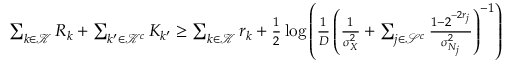
\begin{array} { r l } & { \sum _ { k \in \mathcal { K } } R _ { k } + \sum _ { { k ^ { \prime } } \in \mathcal { K } ^ { c } } K _ { k ^ { \prime } } \ge \sum _ { k \in \mathcal { K } } r _ { k } + \frac { 1 } { 2 } \log \left( \frac { 1 } { D } \left( \frac { 1 } { \sigma _ { X } ^ { 2 } } + \sum _ { j \in \mathcal { S } ^ { c } } \frac { 1 - 2 ^ { - 2 r _ { j } } } { \sigma _ { N _ { j } } ^ { 2 } } \right) ^ { - 1 } \right) } \end{array}